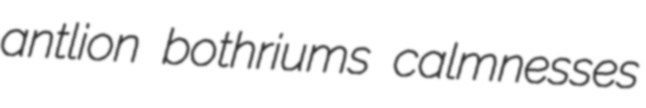
antlion bothriums calmnesses